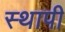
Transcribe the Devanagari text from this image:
स्थापी